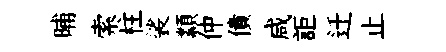
晡索柱裟纇仲債咸詎迁止